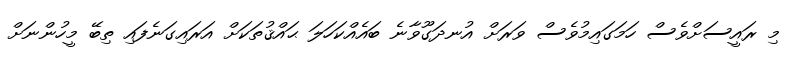
މި ރައީސަށްވެސް ހަމަގައިމުވެސް ވަރަށް އުނދަގޫވާނެ ބައެއްކަހަލަ ޙައްޤުތަކަށް އަރައިގަނެފައި ތިބޭ މީހުންނަށް